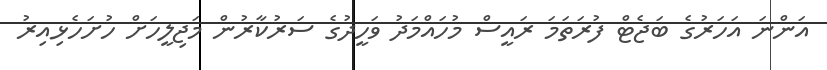
އަންނަ އަހަރުގެ ބަޖެޓް ފުރަތަމަ ރައީސް މުހައްމަދު ވަހީދުގެ ސަރުކާރުން މަޖިލީހަށް ހުށަހެޅިއިރު